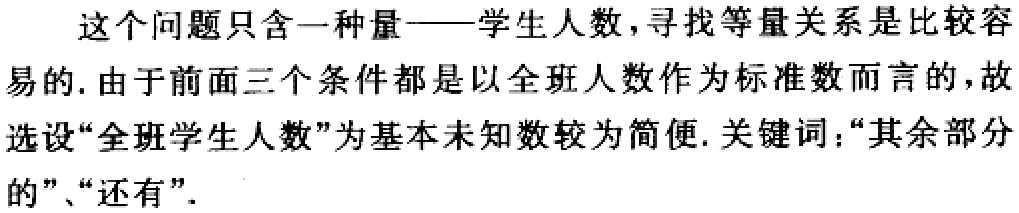
这个问题只含一种量——学生人数，寻找等量关系是比较容易的. 由于前面三个条件都是以全班人数作为标准数而言的，故选设“全班学生人数”为基本未知数较为简便. 关键词：“其余部分的”、“还有”.